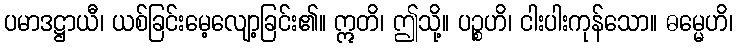
ပမာဒဋ္ဌာယီ၊ ယစ်ခြင်းမေ့လျော့ခြင်း၏။ ဣတိ၊ ဤသို့။ ပဉ္စဟိ၊ ငါးပါးကုန်သော။ ဓမ္မေဟိ၊